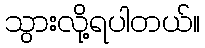
သွားလို့ရပါတယ်။